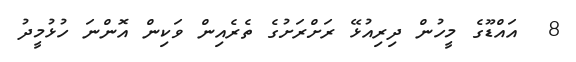
8  އައްޑޫގެ މީހުން ދިރިއުޅޭ ރަށްރަށުގެ ތެރެއިން ވަކިން އޮންނަ ހުޅުމީދު